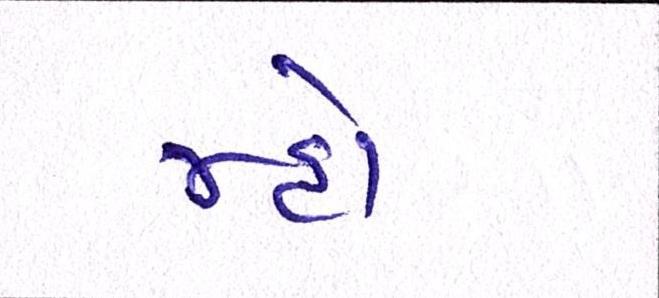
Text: મ્હોં